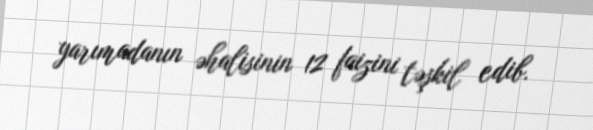
yarımadanın əhalisinin 12 faizini təşkil edib.